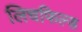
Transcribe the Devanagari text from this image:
लिचफिल्ड